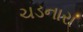
ચડનારા